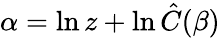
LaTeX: \alpha=\ln z+\ln\hat{C}(\beta)